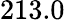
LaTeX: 213.0